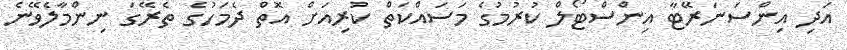
އަދި އިންސަނަރޭޓާ އިންސްޓޯލް ކުރުމުގެ މަސައްކަތް ކުރިއަށް އޮތް ދެމަހުގެ ތެރޭގަ ނިންމާލެވޭނެ